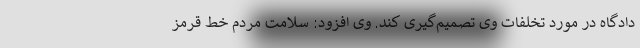
دادگاه در مورد تخلفات وی تصمیم‌گیری کند. وی افزود: سلامت مردم خط قرمز